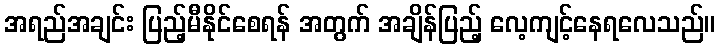
အရည်အချင်း ပြည့်မီနိုင်စေရန် အတွက် အချိန်ပြည့် လေ့ကျင့်နေရလေသည်။